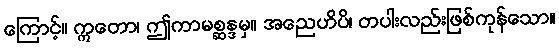
ကြောင့်။ ဣတော၊ ဤကာမစ္ဆန္ဒမှ။ အညေဟိပိ၊ တပါးလည်းဖြစ်ကုန်သော။